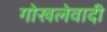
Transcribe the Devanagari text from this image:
गोखलेवादी